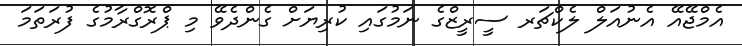
އެމްޖޭއޭ އެނުއަލް ލެކްޗަރ ސީރީޒްގެ ނަމުގައި ކުރިޔަށް ގެންދެވޭ މި ޕްރޮގްރާމުގެ ފުރަތަމަ